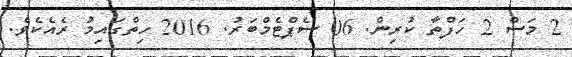
2 މަސް 2 ހަފްތާ ކުރިން. 06 ސެޕްޓެމްބަރު